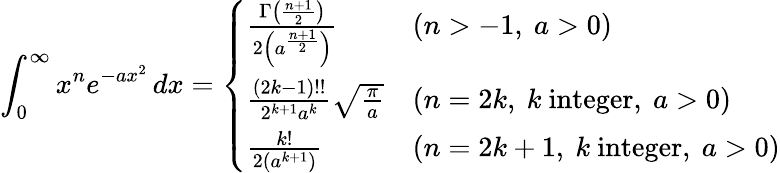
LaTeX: \int_{0}^{\infty}x^{n}e^{-ax^{2}}\, dx={\left\{ \begin{array}{ll}{{\frac{\Gamma\left({\frac{n+1}{2}}\right)}{2\left(a^{\frac{n+1}{2}}\right)}}}&{(n>-1,\ a>0)}\\ {{\frac{(2k-1)!!}{2^{k+1}a^{k}}}{\sqrt{\frac{\pi}{a}}}}&{(n=2k,\ k{\mathrm{~integer}},\ a>0)}\\ {{\frac{k!}{2(a^{k+1})}}}&{(n=2k+1,\ k{\mathrm{~integer}},\ a>0)}\end{array}\right.}